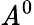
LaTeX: \mathit{A}^{0}